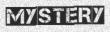
MYSTERY